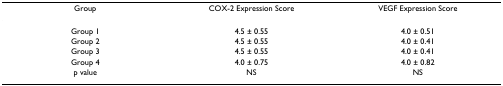
| Group | COX-2 Expression Score | VEGF Expression Score |
 | --- | --- | --- |
 | Group 1 | 4.5 ± 0.55 | 4.0 ± 0.51 |
 | Group 2 | 4.5 ± 0.55 | 4.0 ± 0.41 |
 | Group 3 | 4.5 ± 0.55 | 4.0 ± 0.41 |
 | Group 4 | 4.0 ± 0.75 | 4.0 ± 0.82 |
 | p value | NS | NS |